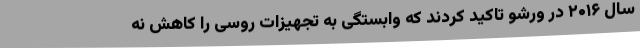
سال ۲۰۱۶ در ورشو تاکید کردند که وابستگی به تجهیزات روسی را کاهش نه